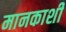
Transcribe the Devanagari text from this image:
मानकाशी